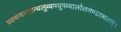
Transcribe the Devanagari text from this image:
प्रस्यन्दन्मद्गन्धलुब्धमधुपब्यालोलगण्डस्थलम्।